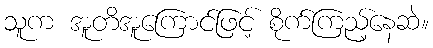
သူက အူတိအူကြောင်ဖြင့် စိုက်ကြည့်နေဆဲ။